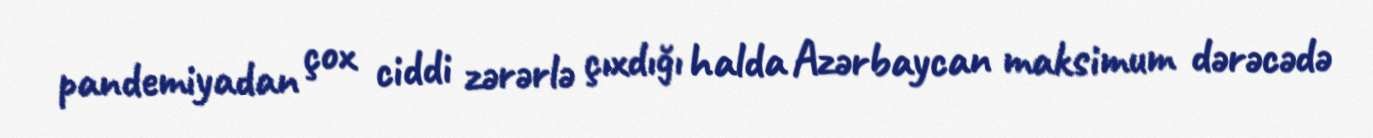
pandemiyadan çox ciddi zərərlə çıxdığı halda Azərbaycan maksimum dərəcədə